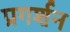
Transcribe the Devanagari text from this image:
प्रगर्शन